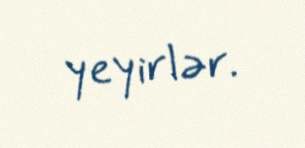
yeyirlər.